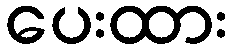
ပေးထား